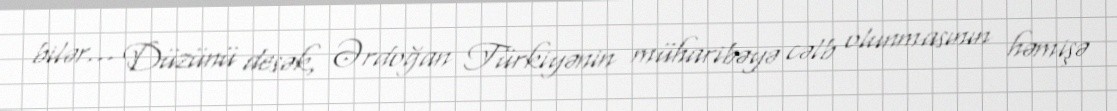
bilər... Düzünü desək, Ərdoğan Türkiyənin müharibəyə cəlb olunmasının həmişə